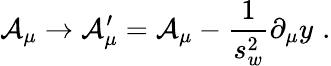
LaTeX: {\cal A}_{\mu}\rightarrow{\cal A}_{\mu}^{\prime}={\cal A}_{\mu}-\frac{1}{s_{w}^{2}}\partial_{\mu}y\, \, .